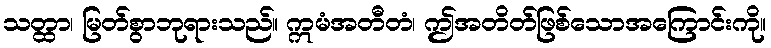
သတ္ထာ၊ မြတ်စွာဘုရားသည်။ ဣမံအတီတံ၊ ဤအတိတ်ဖြစ်သောအကြောင်းကို။